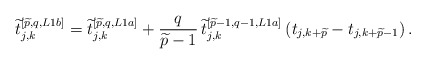
\begin{align*}\widetilde{t}_{j,k}^{\left[\widetilde{p},q,L1b\right]} =\widetilde{t}_{j,k}^{\left[\widetilde{p},q,L1a\right]} +{q \over \widetilde{p}-1}\,\widetilde{t}_{j,k}^{\left[\widetilde{p}-1,q-1,L1a\right]}\left(t_{j,k+\widetilde{p}}-t_{j,k+\widetilde{p}-1}\right).\end{align*}